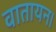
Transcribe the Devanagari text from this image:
वातायन।